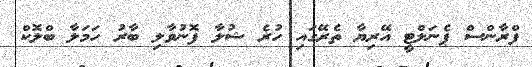
ފްރާންސް ޕެނަލްޓީ އޭރިޔާ ތެރޭގައި ހުރެ ޝުލާ ފޮނުވާލި ބާރު ހަމަލާ ބްލޮކް